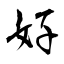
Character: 好